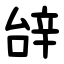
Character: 辝